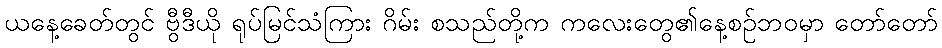
ယနေ့ခေတ်တွင် ဗွီဒီယို ရုပ်မြင်သံကြား ဂိမ်း စသည်တို့က ကလေးတွေ၏နေ့စဉ်ဘဝမှာ တော်တော်